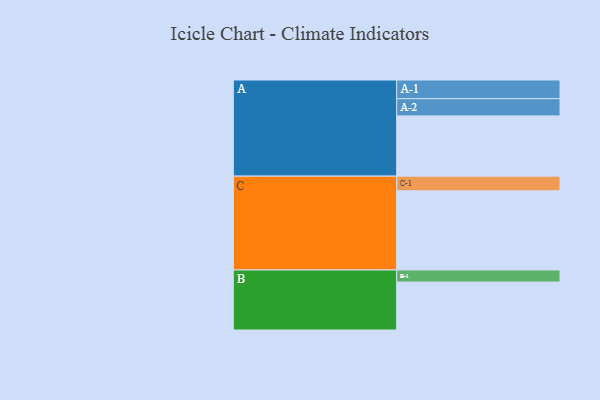
{"axis": {"x": "Segment", "y": "Value"}, "legend": ["", "A", "B", "C"], "data": [{"x": "A", "y": 420, "type": ""}, {"x": "B", "y": 334, "type": ""}, {"x": "C", "y": 552, "type": ""}, {"x": "A-1", "y": 130, "type": "A"}, {"x": "A-2", "y": 120, "type": "A"}, {"x": "B-1", "y": 84, "type": "B"}, {"x": "C-1", "y": 102, "type": "C"}]}